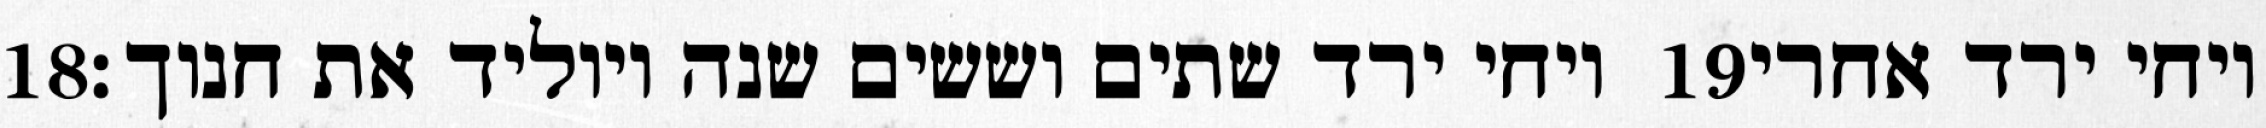
‎18‏ ויחי ירד שתים וששים שנה ויוליד את חנוך׃ ‎19‏ ויחי ירד אחרי